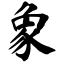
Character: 象